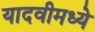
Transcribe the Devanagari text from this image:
यादवीमध्ये